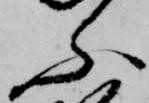
ふ